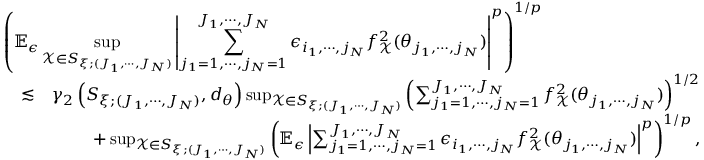
\begin{array} { r l r } { \lefteqn { \left( \mathbb { E } _ { \epsilon } \operatorname* { s u p } _ { \mathcal { X } \in S _ { \xi ; ( J _ { 1 } , \cdots , J _ { N } ) } } \left\vert \sum _ { j _ { 1 } = 1 , \cdots , j _ { N } = 1 } ^ { J _ { 1 } , \cdots , J _ { N } } \epsilon _ { i _ { 1 } , \cdots , j _ { N } } f _ { \mathcal { X } } ^ { 2 } ( \theta _ { j _ { 1 } , \cdots , j _ { N } } ) \right\vert ^ { p } \right) ^ { 1 / p } } } \\ & { \lesssim } & { \gamma _ { 2 } \left( S _ { \xi ; ( J _ { 1 } , \cdots , J _ { N } ) } , d _ { \theta } \right) \operatorname* { s u p } _ { \mathcal { X } \in S _ { \xi ; ( J _ { 1 } , \cdots , J _ { N } ) } } \left( \sum _ { j _ { 1 } = 1 , \cdots , j _ { N } = 1 } ^ { J _ { 1 } , \cdots , J _ { N } } f _ { \mathcal { X } } ^ { 2 } ( \theta _ { j _ { 1 } , \cdots , j _ { N } } ) \right) ^ { 1 / 2 } } \\ & { } & { + \operatorname* { s u p } _ { \mathcal { X } \in S _ { \xi ; ( J _ { 1 } , \cdots , J _ { N } ) } } \left( \mathbb { E } _ { \epsilon } \left\vert \sum _ { j _ { 1 } = 1 , \cdots , j _ { N } = 1 } ^ { J _ { 1 } , \cdots , J _ { N } } \epsilon _ { i _ { 1 } , \cdots , j _ { N } } f _ { \mathcal { X } } ^ { 2 } ( \theta _ { j _ { 1 } , \cdots , j _ { N } } ) \right\vert ^ { p } \right) ^ { 1 / p } , } \end{array}